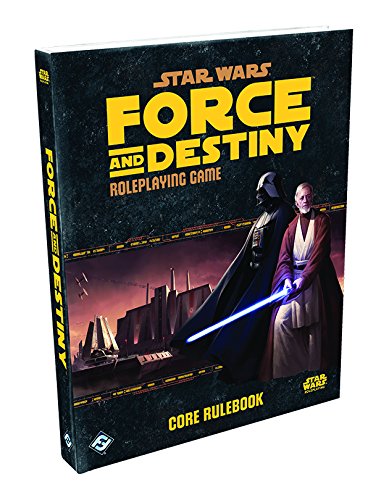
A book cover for Fantasy Flight Games SWF02 SW - Force and Destiny - Core Rulebook; Science Fiction & Fantasy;